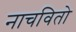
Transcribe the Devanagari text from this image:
नाचवितो